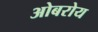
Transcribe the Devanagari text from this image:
ओबरोय